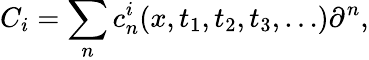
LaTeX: C_{i}=\sum_{n}c_{n}^{i}(x,t_{1},t_{2},t_{3},\dots)\partial^{n},